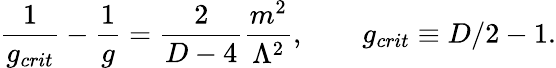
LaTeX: \frac{1}{g_{crit}}-\frac{1}{g}=\frac{2}{D-4}\frac{m^{2}}{\Lambda^{2}},\qquad g_{crit}\equiv D/2-1.